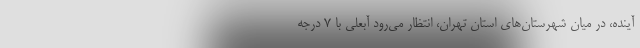
آینده، در میان شهرستان‌های استان تهران، انتظار می‌رود آبعلی با ۷ درجه